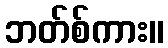
ဘတ်စ်ကား။